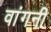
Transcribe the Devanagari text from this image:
वांगनी